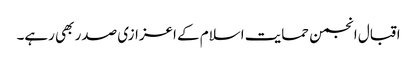
اقبال انجمن حمایت اسلام کے اعزازی صدر بھی رہے۔